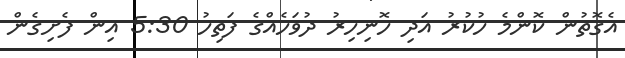
އެގޮތުން ކޮންމެ ހުކުރު އަދި ހޮނިހިރު ދުވަހެއްގެ ފަތިހު 5:30 އިން ފެށިގެން